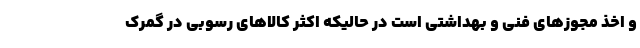
و اخذ مجوزهای فنی و بهداشتی است در حالیکه اکثر کالاهای رسوبی در گمرک